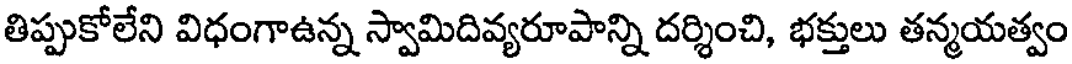
తిప్పుకోలేని విధంగాఉన్న స్వామిదివ్యరూపాన్ని దర్శించి, భక్తులు తన్మయత్వం